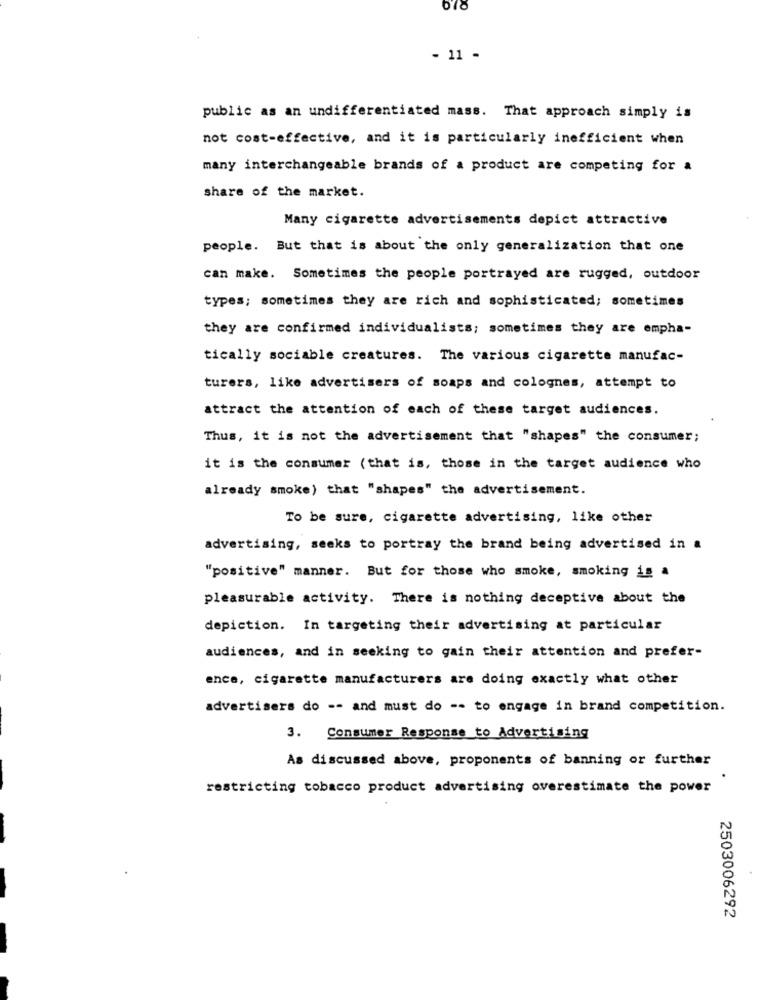
678
- 11 -
public as an undifferentiated mass. That approach simply is
not cost-effective, and it is particularly inefficient when
many interchangeable brands of a product are competing for a
share of the market.
Many cigarette advertisements depict attractive
people. But that is about the only generalization that one
can make. Sometimes the people portrayed are rugged, outdoor
types; sometimes they are rich and sophisticated; sometimes
they are confirmed individualists; sometimes they are empha-
tically sociable creatures. The various cigarette manufac-
turers, like advertisers of soaps and colognes, attempt to
attract the attention of each of these target audiences.
Thus, it is not the advertisement that "shapes" the consumer;
it is the consumer (that is, those in the target audience who
already smoke) that "shapes" the advertisement.
To be sure, cigarette advertising, like other
advertising, seeks to portray the brand being advertised in a
"positive" manner. But for those who smoke, smoking is a
pleasurable activity. There is nothing deceptive about the
depiction. In targeting their advertising at particular
audiences, and in seeking to gain their attention and prefer-
ence, cigarette manufacturers are doing exactly what other
advertisers do -- and must do -- to engage in brand competition.
3. Consumer Response to Advertising
As discussed above, proponents of banning or further
restricting tobacco product advertising overestimate the power
2503006292